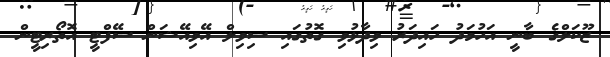
ޒޫކަލްގެ ބާނީ އަހުމަދު ހައިދަރު ވިދާޅުވި ގޮތުގައި ސިވިލް އޭވިއޭޝަން ސޭފްޓީ އޮތޯރިޓީން